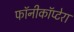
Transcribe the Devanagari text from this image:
फॉनीकॉप्टेरा